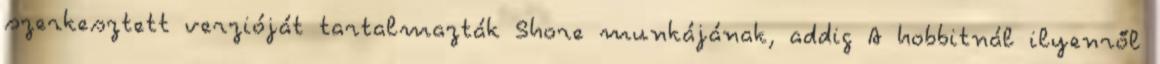
szerkesztett verzióját tartalmazták Shore munkájának, addig A hobbitnál ilyenről